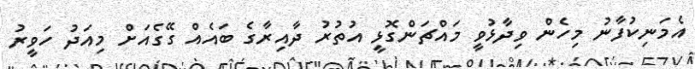
އެމަނިކުފާނު މިހެން ވިދާޅުވީ މައްޗަންގޮޅީ އުތުރު ދާއިރާގެ ބައެއް ގޭގެއަށް މިއަދު ހަވީރު